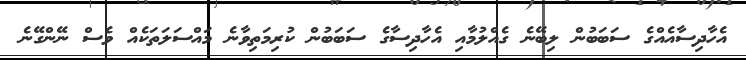
އެހާދިސާއެއްގެ ސަބަބުން ލިބޭނެ ގެއްލުމާއި އެހާދިސާގެ ސަބަބުން ކުރިމަތިވާނެ މައްސަލަތަކެއް ވެސް ނޭންގޭނެ